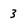
Character: 3